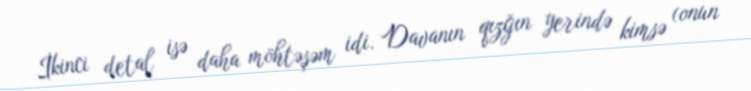
İkinci detal isə daha möhtəşəm idi. Davanın qızğın yerində kimsə (onun